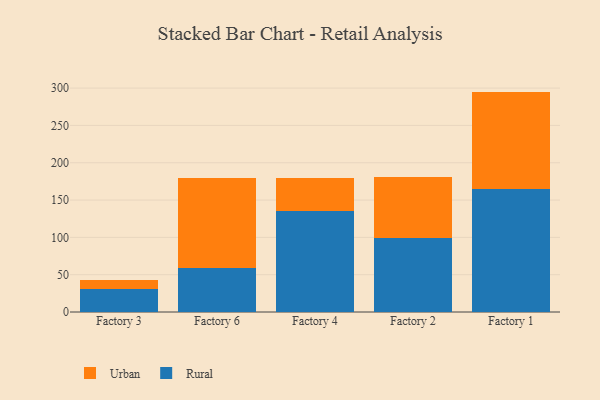
{"axis": {"x": "Factory", "y": "Humidity (%)"}, "legend": ["Rural", "Urban"], "data": [{"x": "Factory 3", "y": 30.5, "type": "Rural"}, {"x": "Factory 3", "y": 12.8, "type": "Urban"}, {"x": "Factory 6", "y": 58.6, "type": "Rural"}, {"x": "Factory 6", "y": 120.3, "type": "Urban"}, {"x": "Factory 4", "y": 134.8, "type": "Rural"}, {"x": "Factory 4", "y": 45.4, "type": "Urban"}, {"x": "Factory 2", "y": 99.2, "type": "Rural"}, {"x": "Factory 2", "y": 81.3, "type": "Urban"}, {"x": "Factory 1", "y": 164.2, "type": "Rural"}, {"x": "Factory 1", "y": 131.1, "type": "Urban"}]}